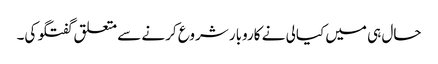
حال ہی میں کیالی نے کاروبار شروع کرنے سے متعلق گفتگو کی۔